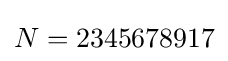
N=2345678917